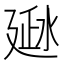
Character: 𰜂